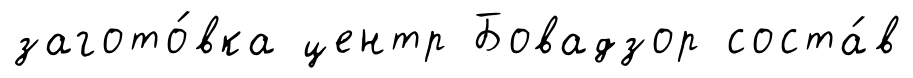
загото́вка центр Бовадзор соста́в